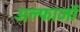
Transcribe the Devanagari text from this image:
अल्फाजों